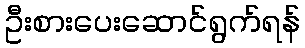
ဦးစားပေးဆောင်ရွက်ရန်